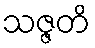
သဇ္ဇတိ